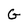
Character: G